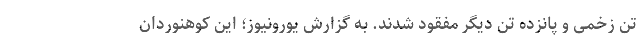
تن زخمی و پانزده تن دیگر مفقود شدند. به گزارش یورونیوز؛ این کوهنوردان